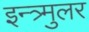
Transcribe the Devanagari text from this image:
इन्त्र्मुलर